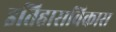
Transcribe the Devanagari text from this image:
इतिहासविकास